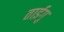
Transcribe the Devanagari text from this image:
ताईगु